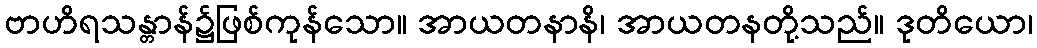
ဗာဟိရသန္တာန်၌ဖြစ်ကုန်သော။ အာယတနာနိ၊ အာယတနတို့သည်။ ဒုတိယော၊